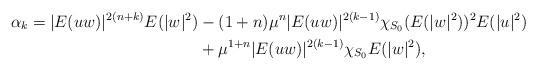
LaTeX: \begin{align*}\alpha_k=|E(uw)|^{2(n+k)}E(|w|^2)&-(1+n)\mu^n|E(uw)|^{2(k-1)}\chi_{S_0}(E(|w|^2))^2E(|u|^2)\\&+\mu^{1+n}|E(uw)|^{2(k-1)}\chi_{S_0}E(|w|^2),\end{align*}